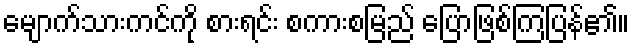
မျောက်သားကင်ကို စားရင်း စကားစမြည် ပြောဖြစ်ကြပြန်၏။